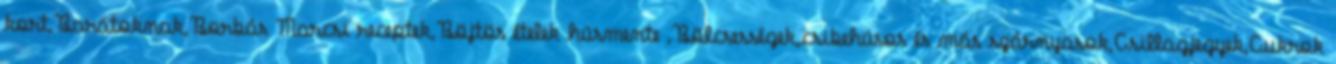
kort,Barátoknak,Borbás Marcsi receptek,Böjtös ételek húsmente ,Bölcsességek,csibehúsos és más szárnyasok,Csillagjegyek,Cukrok